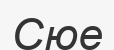
Сюе